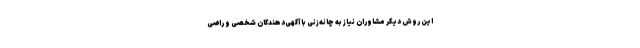
این روش دیگر مشاوران نیاز به چانه‌زنی با آگهی‌دهندگان شخصی و راضی